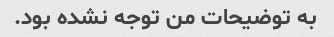
به توضیحات من توجه نشده بود.